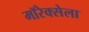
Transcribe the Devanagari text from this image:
मॉरेक्सेला